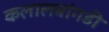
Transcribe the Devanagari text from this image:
कलालबांगडी